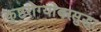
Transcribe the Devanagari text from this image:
कुष्ठरोग्यांवरसुद्धा